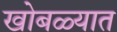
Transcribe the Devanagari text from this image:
खोबळ्यात